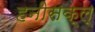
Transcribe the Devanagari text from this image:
हनीसक्‌ल्‌